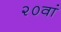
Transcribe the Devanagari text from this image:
२०वां